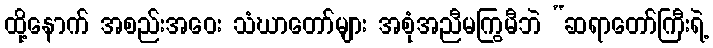
ထို့နောက် အစည်းအဝေး သံဃာတော်များ အစုံအညီမကြွမီဘဲ “ဆရာတော်ကြီးရဲ့